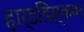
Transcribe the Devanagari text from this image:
हार्डडिस्कवर